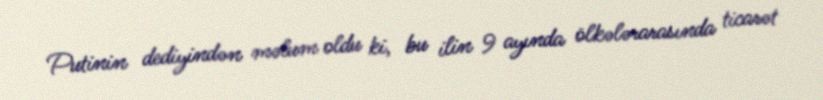
Putinin dediyindən məlum oldu ki, bu ilin 9 ayında ölkələrarasında ticarət